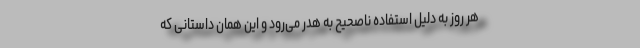
هر روز به دلیل استفاده ناصحیح به هدر می‌ر‌ود و این همان داستانی که